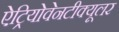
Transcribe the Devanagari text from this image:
ऐट्रियोवेनटीक्यूलर